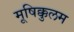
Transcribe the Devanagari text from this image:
मूषिक्कुलम